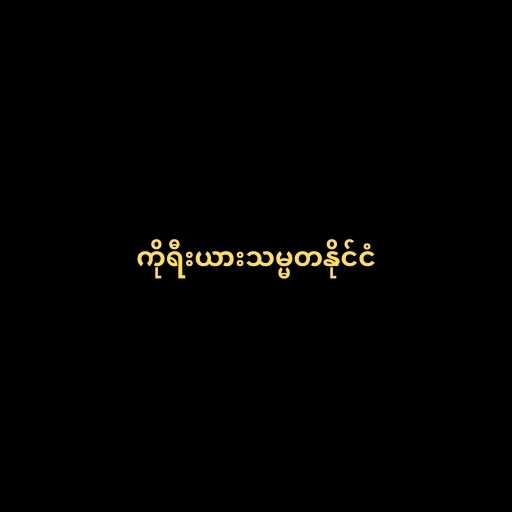
ကိုရီးယားသမ္မတနိုင်ငံ